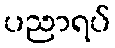
ပညာရပ်